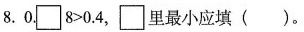
8. 0.□8＞0.4，□里最小应填（）。